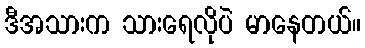
ဒီအသားက သားရေလိုပဲ မာနေတယ်။